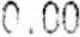
0.00